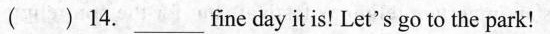
( )14. ___fine day it is! Let's go to the park!